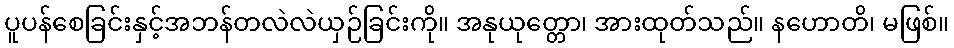
ပူပန်စေခြင်းနှင့်အဘန်တလဲလဲယှဉ်ခြင်းကို။ အနုယုတ္တော၊ အားထုတ်သည်။ နဟောတိ၊ မဖြစ်။